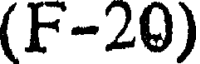
(F-20)